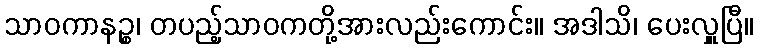
သာဝကာနဉ္စ၊ တပည့်သာဝကတို့အားလည်းကောင်း။ အဒါသိ၊ ပေးလှူပြီ။